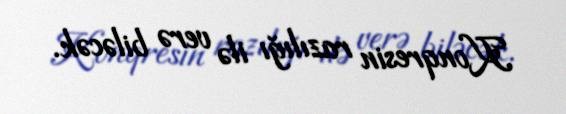
Konqresin razılığı ilə verə biləcək.